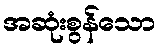
အဆုံးစွန်သော